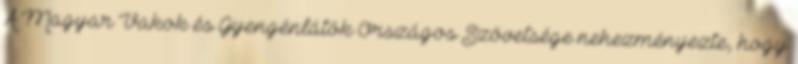
A Magyar Vakok és Gyengénlátók Országos Szövetsége nehezményezte, hogy